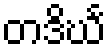
တဒိင်္ဃ